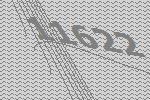
11622